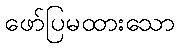
ဖော်ပြမထားသော